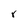
Character: r